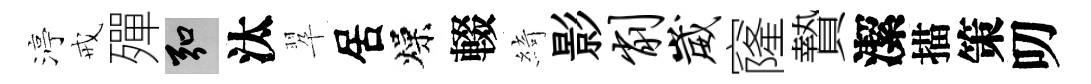
渟戒殫弘汰翆居燥輟綺影削崴窿贄潔描策叨